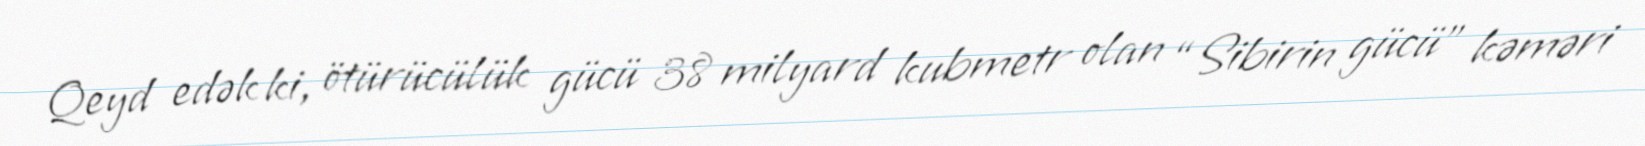
Qeyd edək ki, ötürücülük gücü 38 milyard kubmetr olan “Sibirin gücü” kəməri